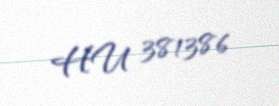
HU 381386